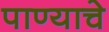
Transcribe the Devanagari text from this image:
पाण्‍याचे